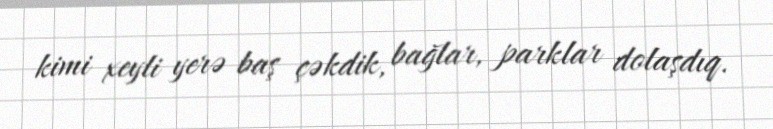
kimi xeyli yerə baş çəkdik, bağlar, parklar dolaşdıq.